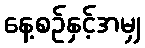
နေ့စဉ်နှင့်အမျှ